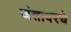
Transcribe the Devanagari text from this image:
जंतावरचे